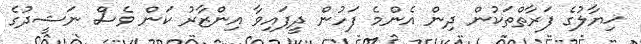
ޚިޔާލުގެ ފަރާތްތަކުން ދިން އެންމެ ފަހުން ދީފައިވާ އިންޒާރު ކަން ވެސް ނަޝީދުގެ